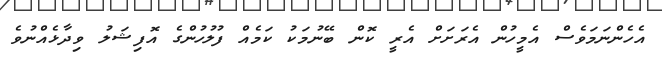
އެހެންނަމަވެސް އެމީހުން އެރަށަށް އެރީ ކޮން ބޭނުމަކު ކަމެއް ފުލުހުންގެ އޮފިޝަލު ވިދާޅެއްނުވެ